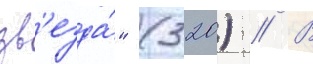
зв'езда́" (320) // В